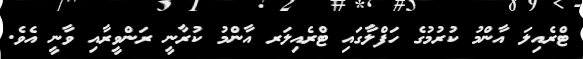
ޓްރެއިލަ އާންމު ކުރުމުގެ ހަފްލާގައި ޓްރެއިލަރ އާންމު ކުރާނީ ރަންވީރާއި ވާނީ އެވެ.